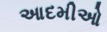
આદમીઓ